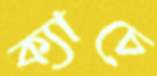
ক্যাচে